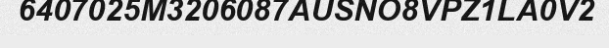
6407025M3206087AUSNO8VPZ1LA0V2